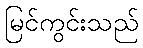
မြင်ကွင်းသည်